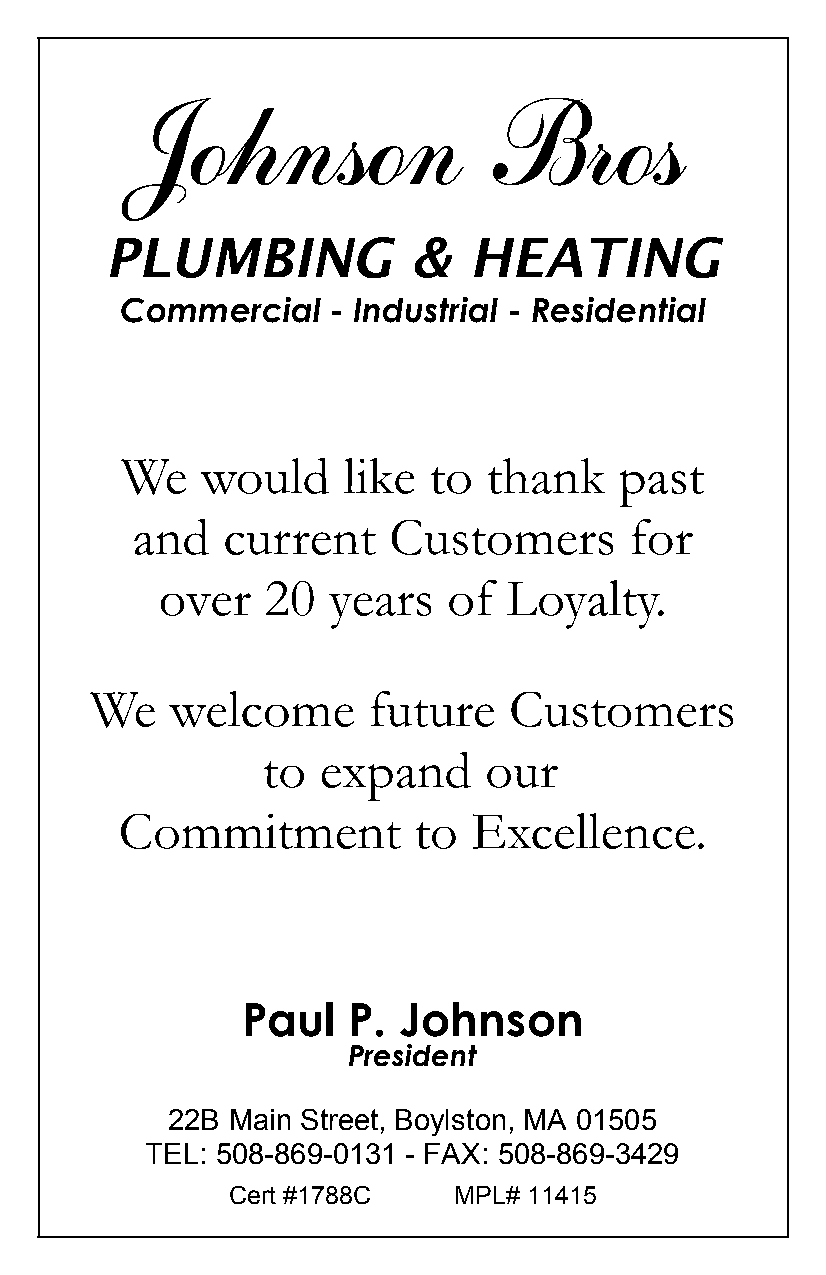
Johnson                Bros
 PLUMBING            &   HEATING
 Commercial    - Industrial - Residential
 We   would     like to  thank    past
 and   current    Customers       for
 over   20   years   of Loyalty.
 We   welcome      future    Customers
 to  expand     our
 Commitment         to  Excellence.
 Paul   P. Johnson
 President
 22B Main Street, Boylston, MA 01505
 TEL: 508-869-0131 - FAX: 508-869-3429
 Cert #1788C    MPL# 11415